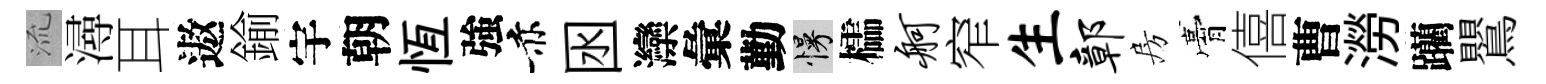
𣴑潯耳遨鍮宇朝恆強赤囦灤彙勤慢櫺舸窄生鄣房膏僖曹澇躪鸎